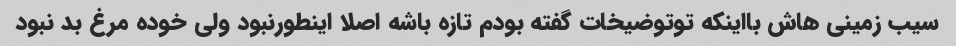
سیب زمینی هاش بااینکه توتوضیخات گفته بودم تازه باشه اصلا اینطورنبود ولی خوده مرغ بد نبود